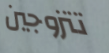
تتزوجين